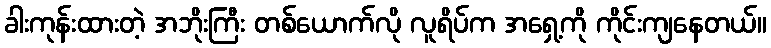
ခါးကုန်းထားတဲ့ အဘိုးကြီး တစ်ယောက်လို လူရိပ်က အရှေ့ကို ကိုင်းကျနေတယ်။